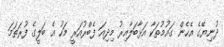
ދުނިޔޭގެ އެހެން ގައުމުތަކާ އަޅާބަލާއިރު މިދިއަ ފެބްރުއަރީ މަހު އެ ބަލީގެ ފުރަތަމަ